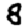
Digit: 8